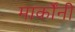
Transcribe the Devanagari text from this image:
मार्कोंनी